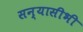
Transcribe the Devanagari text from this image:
सन्यासीभी